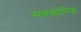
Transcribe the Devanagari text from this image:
सबक्रोनिक